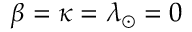
\beta = \kappa = \lambda _ { \odot } = 0